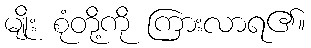
မျိုး စုံတို့ကို ကြားလာရ၏။